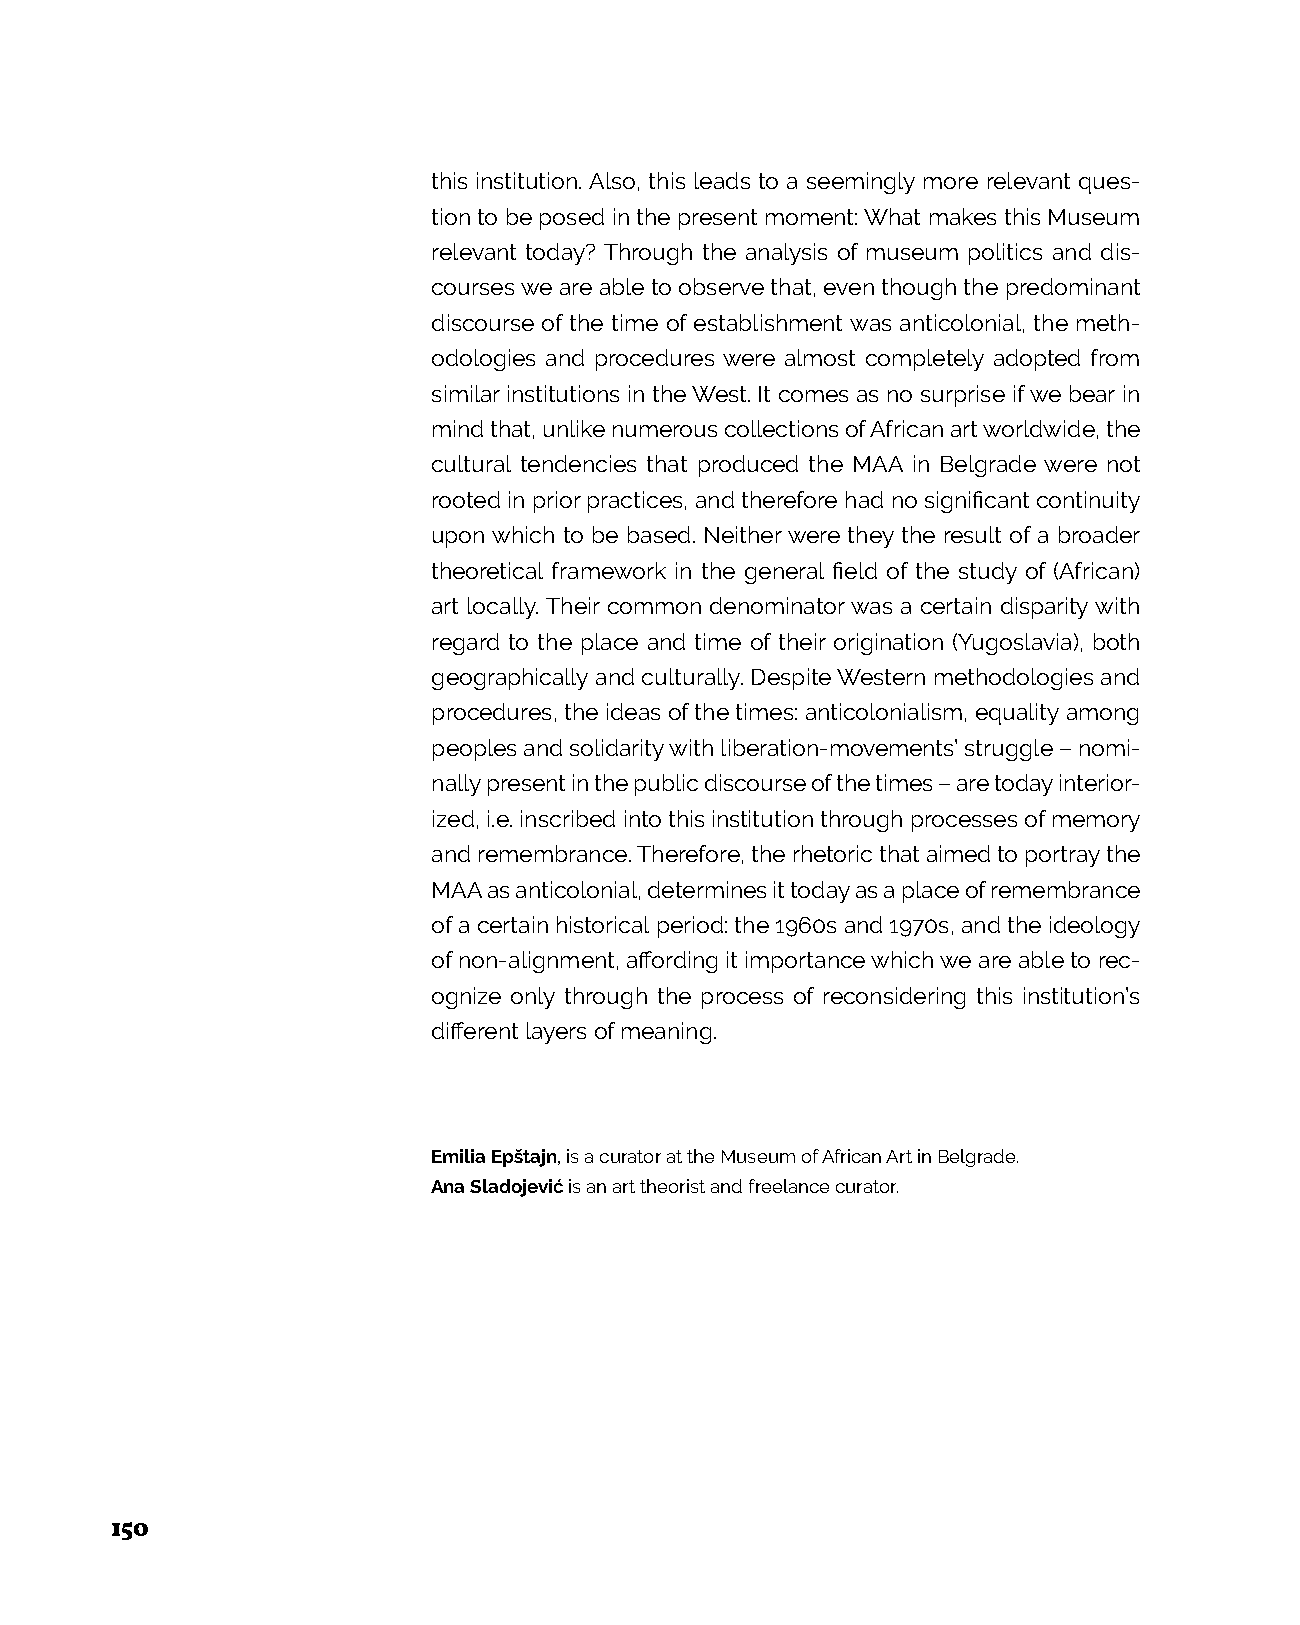
this institution. Also, this leads to a seemingly more relevant ques-
 tion to be posed in the present moment: What makes this Museum
 relevant today? Through the analysis of museum politics and dis-
 courses we are able to observe that, even though the predominant
 discourse of the time of establishment was anticolonial, the meth-
 odologies and procedures were almost completely adopted from
 similar institutions in the West. It comes as no surprise if we bear in
 mind that, unlike numerous collections of African art worldwide, the
 cultural tendencies that produced the MAA in Belgrade were not
 rooted in prior practices, and therefore had no significant continuity
 upon which to be based. Neither were they the result of a broader
 theoretical framework in the general field of the study of (African)
 art locally. Their common denominator was a certain disparity with
 regard to the place and time of their origination (Yugoslavia), both
 geographically and culturally. Despite Western methodologies and
 procedures, the ideas of the times: anticolonialism, equality among
 peoples and solidarity with liberation-movements’ struggle – nomi-
 nally present in the public discourse of the times – are today interior-
 ized, i.e. inscribed into this institution through processes of memory
 and remembrance. Therefore, the rhetoric that aimed to portray the
 MAA as anticolonial, determines it today as a place of remembrance
 of a certain historical period: the 1960s and 1970s, and the ideology
 of non-alignment, affording it importance which we are able to rec-
 ognize only through the process of reconsidering this institution’s
 different layers of meaning.
 Emilia Epštajn, is a curator at the Museum of African Art in Belgrade.
 Ana Sladojević is an art theorist and freelance curator.
 150